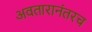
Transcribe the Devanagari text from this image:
अवतारानंतरच